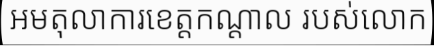
អមតុលាការខេត្តកណ្តាល របស់លោក